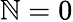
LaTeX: \mathbb{N}=0